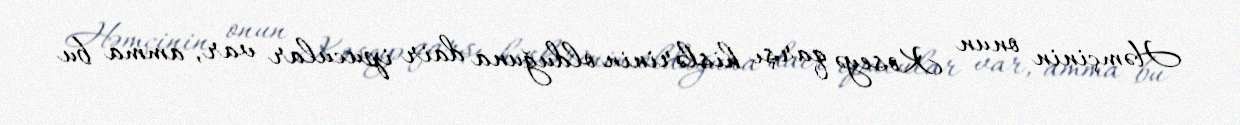
Həmçinin onun Koseyə qarşı hislərinin olduğuna dair ipucular var, amma bu